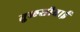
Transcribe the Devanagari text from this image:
तुळसीबाई